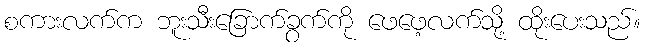
စကားလက်က ဘူးသီးခြောက်ခွက်ကို ဖေဖေ့လက်သို့ ထိုးပေးသည်။